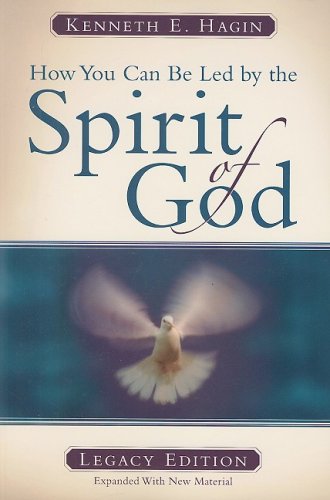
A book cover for How You Can Be Led by the Spirit of God; Kenneth E. Hagin; Christian Books & Bibles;